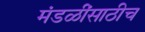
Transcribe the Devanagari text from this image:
मंडळींसाठीच